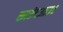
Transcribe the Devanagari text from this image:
काउंटआउट